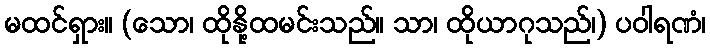
မထင်ရှား။ (သော၊ ထိုနို့ထမင်းသည်။ သာ၊ ထိုယာဂုသည်၊) ပဝါရဏံ၊